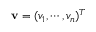
\mathbf { v } = ( v _ { 1 } , \cdots , v _ { n } ) ^ { T }